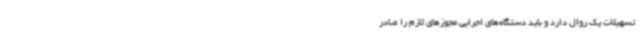
تسهیلات یک روال دارد و باید دستگاه‌های اجرایی مجوزهای لازم را صادر